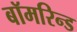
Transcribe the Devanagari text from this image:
बॉमरिन्ड